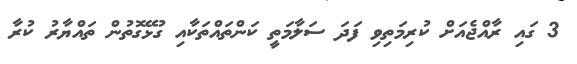
3 ގައި ރާއްޖެއަށް ކުރިމަތިވި ފަދަ ސަލާމަތީ ކަންތައްތަކާއި ގުޅޭގޮތުން ތައްޔާރު ކުރާ